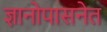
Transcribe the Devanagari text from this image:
ज्ञानोपासनेत